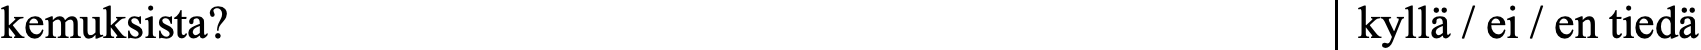
kemuksista?                                  kyllä / ei / en tiedä